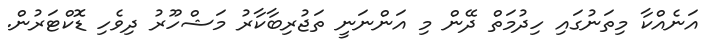
އަނެއްކާ މިތަނުގައި ހިދުމަތް ދޭން މި އަންނަނީ ތަޖުރިބާކާރު މަޝްހޫރު ދިވެހި ޑޮކްޓަރުން.